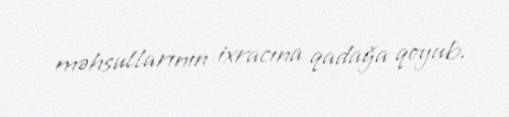
məhsullarının ixracına qadağa qoyub.